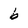
Character: b